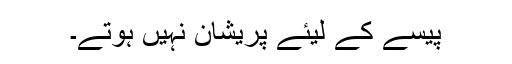
پیسے کے لیئے پریشان نہیں ہوتے۔